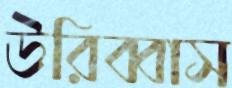
উরিব্বাস